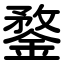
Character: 鍪